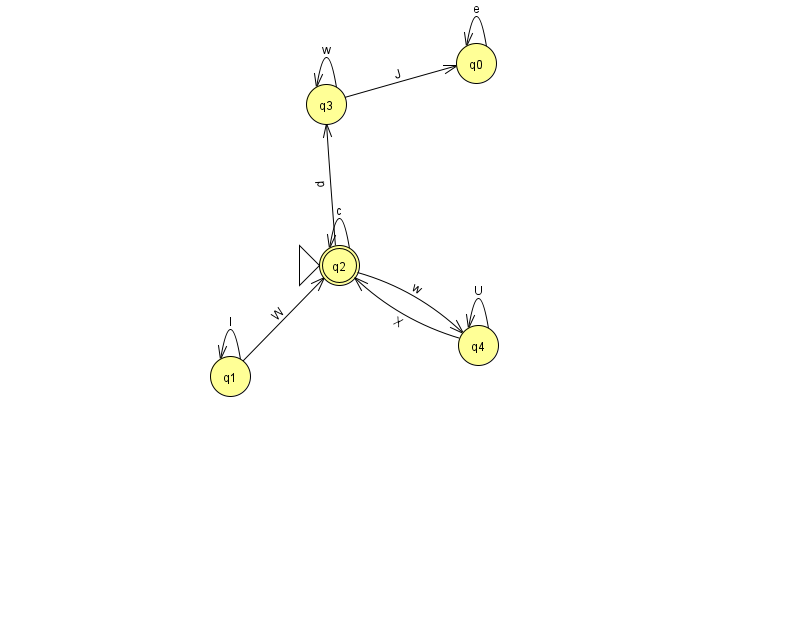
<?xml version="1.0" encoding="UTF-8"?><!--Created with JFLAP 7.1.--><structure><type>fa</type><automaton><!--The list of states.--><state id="0" name="q0"><x>476.0</x><y>50.0</y></state><state id="1" name="q1"><x>230.0</x><y>363.0</y></state><state id="2" name="q2"><x>339.0</x><y>252.0</y><initial/><final/></state><state id="3" name="q3"><x>326.0</x><y>91.0</y></state><state id="4" name="q4"><x>478.0</x><y>332.0</y></state><!--The list of transitions.--><transition><from>2</from><to>2</to><read>c</read></transition><transition><from>0</from><to>0</to><read>e</read></transition><transition><from>4</from><to>4</to><read>U</read></transition><transition><from>1</from><to>2</to><read>W</read></transition><transition><from>3</from><to>3</to><read>w</read></transition><transition><from>4</from><to>2</to><read>X</read></transition><transition><from>2</from><to>4</to><read>w</read></transition><transition><from>1</from><to>1</to><read>I</read></transition><transition><from>3</from><to>0</to><read>J</read></transition><transition><from>2</from><to>3</to><read>p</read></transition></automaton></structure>